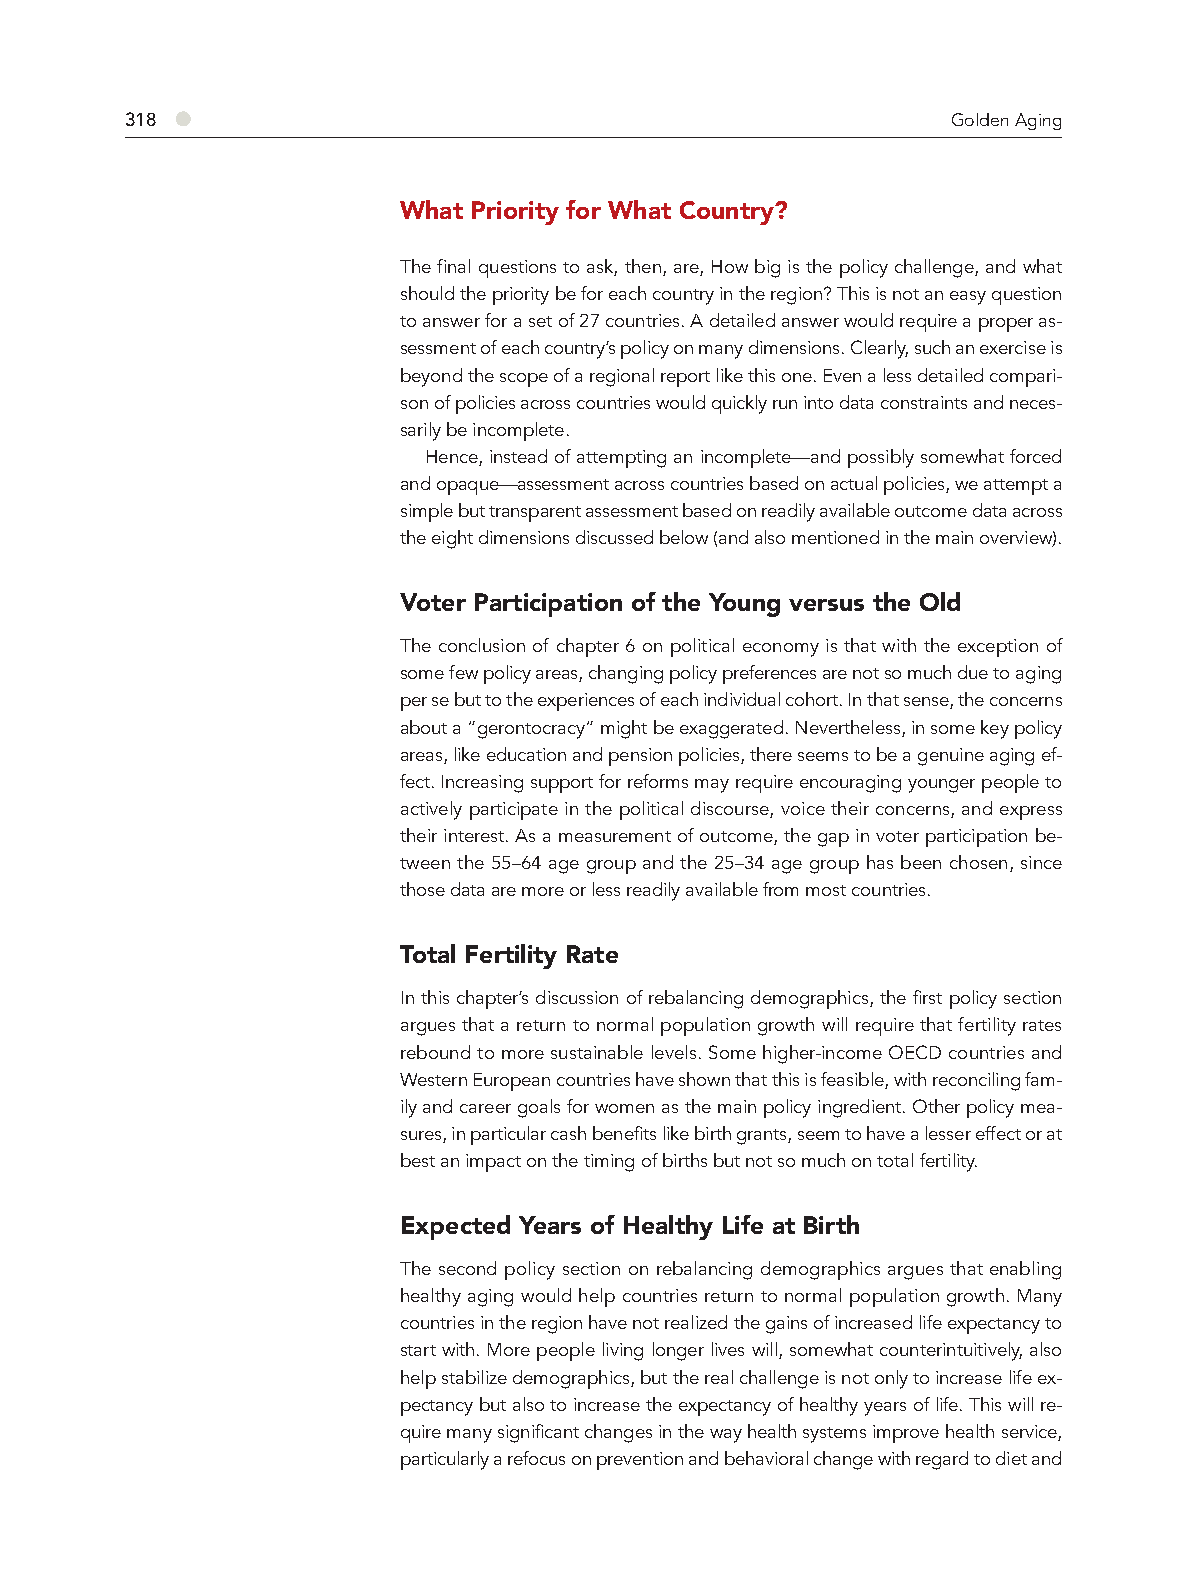
318 ●                                                  Golden Aging
 What Priority for What Country?
 The final questions to ask, then, are, How big is the policy challenge, and what
 should the priority be for each country in the region? This is not an easy question
 to answer for a set of 27 countries. A detailed answer would require a proper as-
 sessment of each country’s policy on many dimensions. Clearly, such an exercise is
 beyond the scope of a regional report like this one. Even a less detailed compari-
 son of policies across countries would quickly run into data constraints and neces-
 sarily be incomplete.
 Hence, instead of attempting an incomplete—and possibly somewhat forced
 and opaque—assessment across countries based on actual policies, we attempt a
 simple but transparent assessment based on readily available outcome data across
 the eight dimensions discussed below (and also mentioned in the main overview).
 Voter Participation of the Young versus the Old
 The conclusion of chapter 6 on political economy is that with the exception of
 some few policy areas, changing policy preferences are not so much due to aging
 per se but to the experiences of each individual cohort. In that sense, the concerns
 about a “gerontocracy” might be exaggerated. Nevertheless, in some key policy
 areas, like education and pension policies, there seems to be a genuine aging ef-
 fect. Increasing support for reforms may require encouraging younger people to
 actively participate in the political discourse, voice their concerns, and express
 their interest. As a measurement of outcome, the gap in voter participation be-
 tween the 55–64 age group and the 25–34 age group has been chosen, since
 those data are more or less readily available from most countries.
 Total Fertility Rate
 In this chapter’s discussion of rebalancing demographics, the first policy section
 argues that a return to normal population growth will require that fertility rates
 rebound to more sustainable levels. Some higher-income OECD countries and
 Western European countries have shown that this is feasible, with reconciling fam-
 ily and career goals for women as the main policy ingredient. Other policy mea-
 sures, in particular cash benefits like birth grants, seem to have a lesser effect or at
 best an impact on the timing of births but not so much on total fertility.
 Expected Years of Healthy Life at Birth
 The second policy section on rebalancing demographics argues that enabling
 healthy aging would help countries return to normal population growth. Many
 countries in the region have not realized the gains of increased life expectancy to
 start with. More people living longer lives will, somewhat counterintuitively, also
 help stabilize demographics, but the real challenge is not only to increase life ex-
 pectancy but also to increase the expectancy of healthy years of life. This will re-
 quire many significant changes in the way health systems improve health service,
 particularly a refocus on prevention and behavioral change with regard to diet and